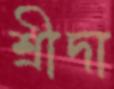
শ্রীদা